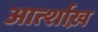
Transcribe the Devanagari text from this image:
आर्त्शाख़